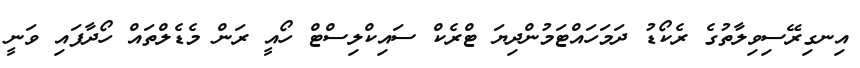
އިނގިރޭސިވިލާތުގެ ރެކޯޑު ދަމަހައްޓަމުންދިޔަ ޓްރެކް ސައިކްލިސްޓް ހޯއީ ރަން މެޑެލްތައް ހޯދާފައި ވަނީ